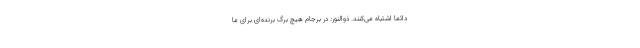
دائماً اشتباه می‌کنند. ذوالنور: در برجام هیچ برگ برنده‌ای برای ما